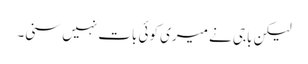
لیکن باجی نے میری کوئی بات نہیں سنی۔